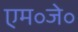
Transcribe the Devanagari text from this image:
एम॰जे॰